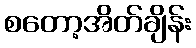
စတော့အိတ်ချိန်း